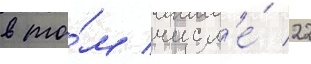
в то́м числ'е́ 22